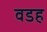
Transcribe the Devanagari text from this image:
वडह